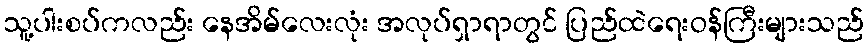
သူ့ပါးစပ်ကလည်း နေအိမ်လေးလုံး အလုပ်ရှာရာတွင် ပြည်ထဲရေးဝန်ကြီးများသည်